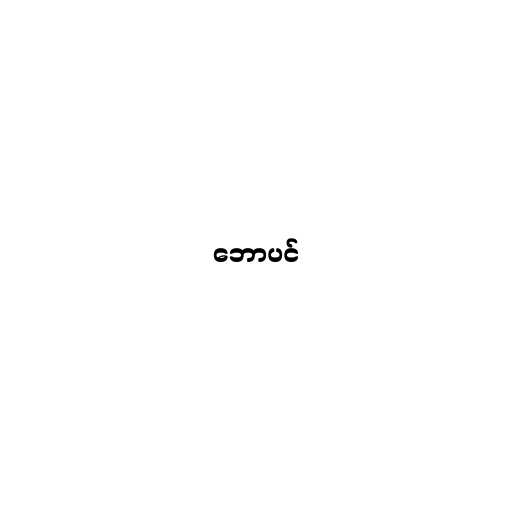
ဘောပင်